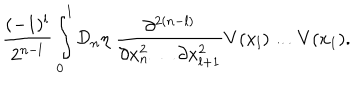
LaTeX: \frac { ( - 1 ) ^ { l } } { 2 ^ { n - l } } \int _ { 0 } ^ { 1 } { \cal D } _ { n } \eta \; \frac { \partial ^ { 2 ( n - l ) } } { \partial x _ { n } ^ { 2 } \dots \partial x _ { l + 1 } ^ { 2 } } V ( x _ { l } ) \dots V ( x _ { 1 } ) .